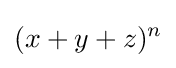
(x+y+z)^{n}